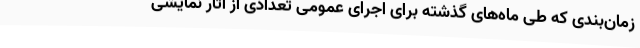
زمان‌بندی که طی ماه‌های گذشته برای اجرای عمومی تعدادی از آثار نمایشی